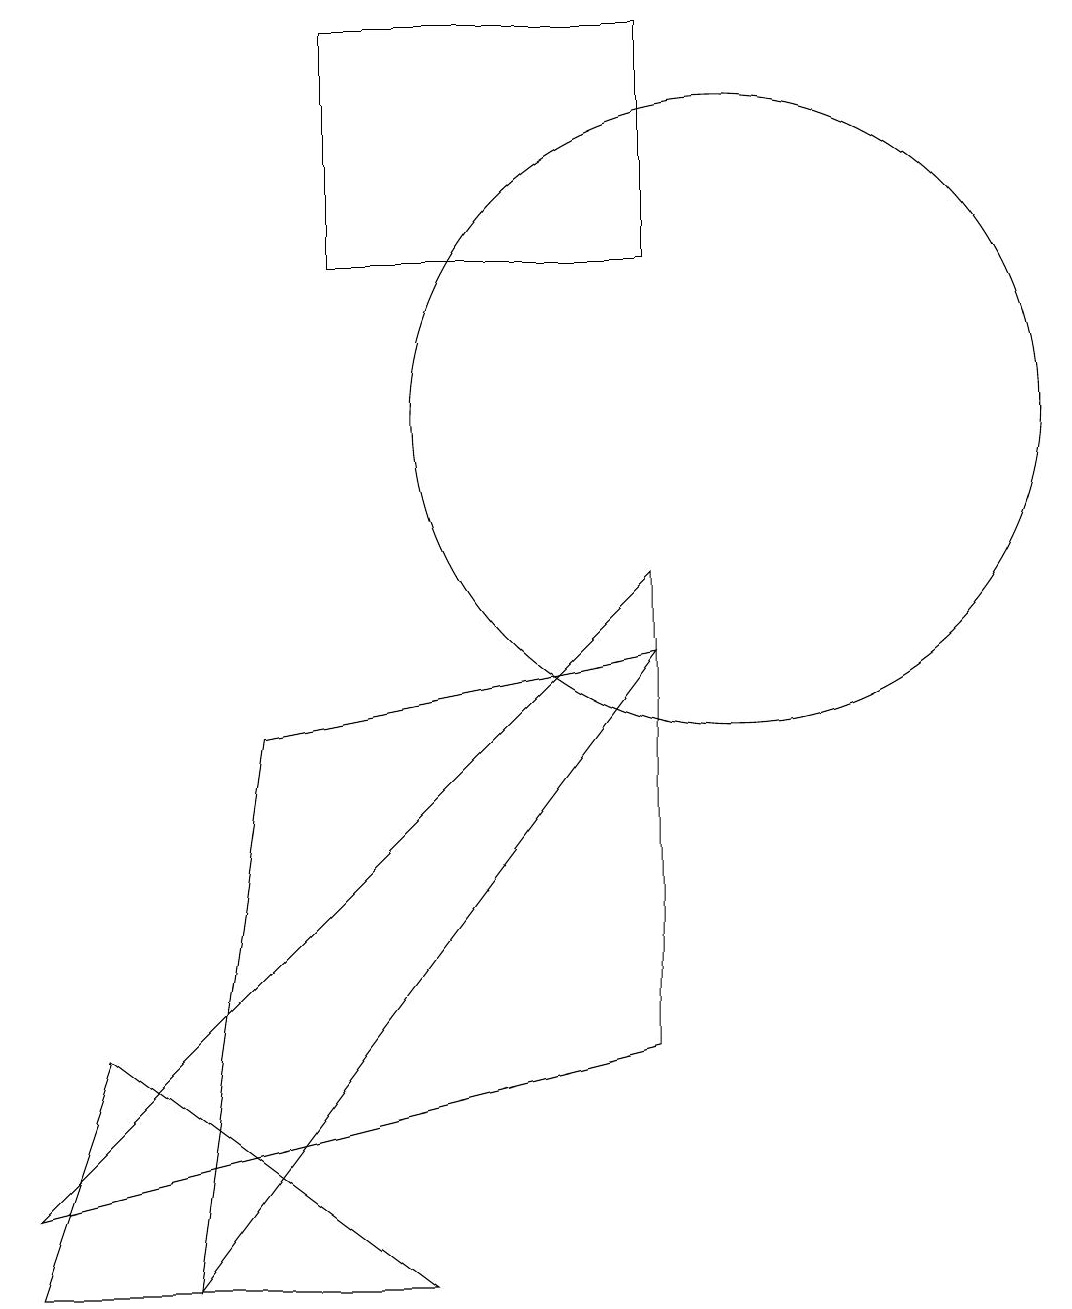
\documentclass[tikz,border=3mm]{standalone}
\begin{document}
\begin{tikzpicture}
\draw (9,9) -- (1,1) -- (9,3) -- cycle;
\draw (1,0) -- (6,0) -- (2,3) -- cycle;
\draw (3,0) -- (9,8) -- (4,7) -- cycle;
\draw (10,11) circle (4);
\draw (9,13) rectangle (5,16);
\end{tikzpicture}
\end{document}